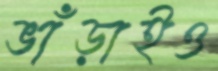
ভাঁড়াইও